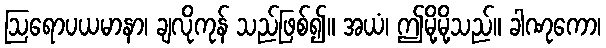
ဩရောပယမာနာ၊ ချလိုကုန် သည်ဖြစ်၍။ အယံ၊ ဤမို့မို့သည်။ ခါဏုကော၊